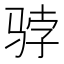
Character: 𱅓